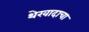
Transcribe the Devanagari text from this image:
थेरवादाचा